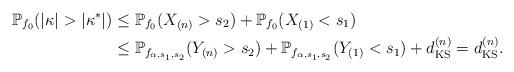
LaTeX: \begin{align*}\mathbb{P}_{f_0}(|\kappa|> |\kappa^*|) &\leq \mathbb{P}_{f_0}(X_{(n)} > s_2) + \mathbb{P}_{f_0}(X_{(1)} < s_1) \\&\leq \mathbb{P}_{f_{\alpha,s_1,s_2}}(Y_{(n)} > s_2) + \mathbb{P}_{f_{\alpha,s_1,s_2}}(Y_{(1)} < s_1) + d_{\mathrm{KS}}^{(n)} = d_{\mathrm{KS}}^{(n)}.\end{align*}